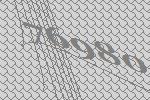
76980